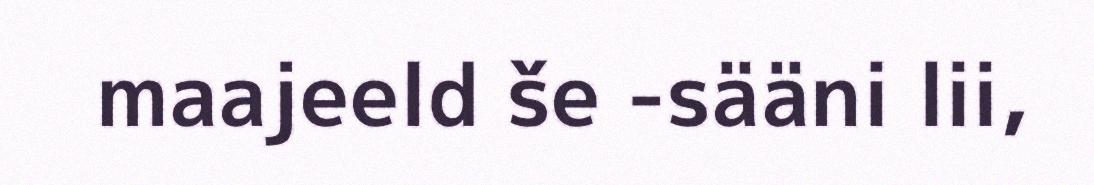
maajeeld še -sääni lii,